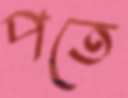
পতে